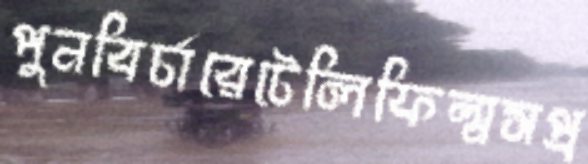
পুনবির্চারেটেলিফিল্মসপ্র